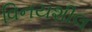
વિનયશીલ